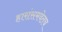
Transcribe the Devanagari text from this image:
हारांसमवेतच